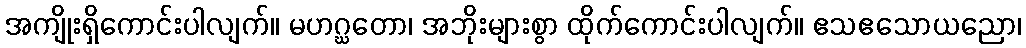
အကျိုးရှိကောင်းပါလျက်။ မဟဂ္ဃတော၊ အဘိုးများစွာ ထိုက်ကောင်းပါလျက်။ ဧသဧသောယညော၊